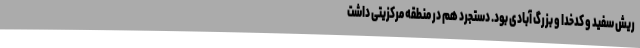
ریش سفید و کدخدا و بزرگ آبادی بود. دستجرد هم در منطقه مرکزیتی داشت